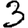
Digit: 3